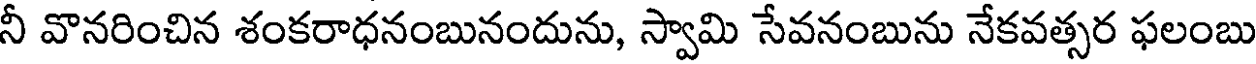
నీ వొనరించిన శంకరాధనంబునందును, స్వామి సేవనంబును నేకవత్సర ఫలంబు